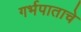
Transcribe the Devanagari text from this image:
गर्भपाताचे